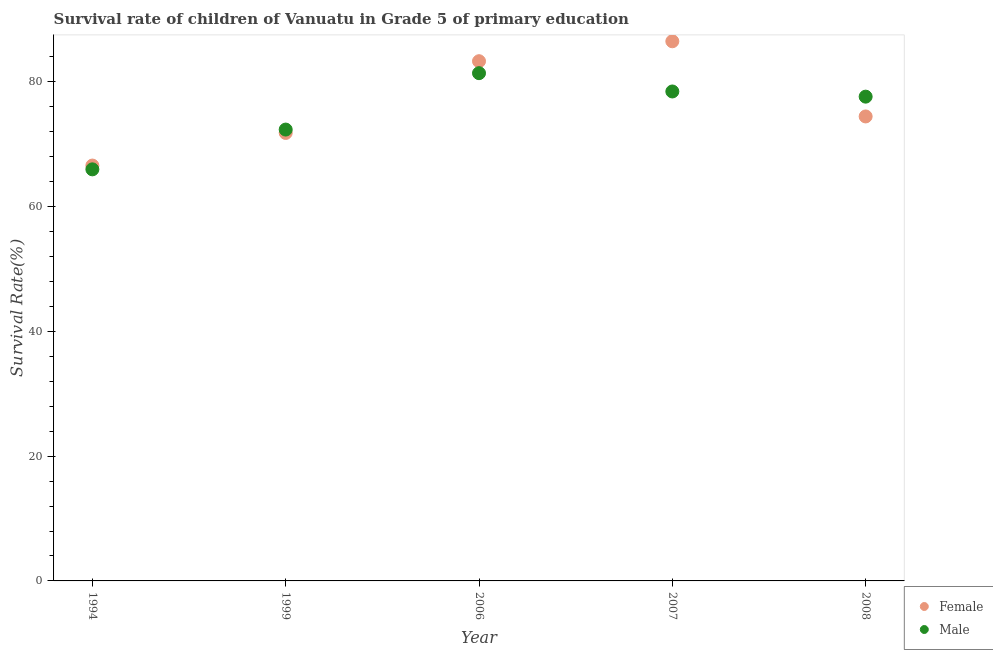
| Year | Female | Male |
 | --- | --- | --- |
 | 1994 | 66.6 | 66 |
 | 1999 | 71.8 | 72.4 |
 | 2006 | 83.3 | 81.4 |
 | 2007 | 86.5 | 78.5 |
 | 2008 | 74.5 | 77.6 |